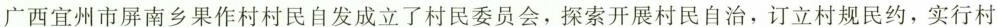
广西宜州市屏南乡果作村村民自发成立了村民委员会，探索开展村民自治，订立村规民约，实行村